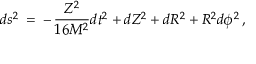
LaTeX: d s ^ { 2 } \: = \: - \, \frac { Z ^ { 2 } } { 1 6 M ^ { 2 } } d t ^ { 2 } + d Z ^ { 2 } + d R ^ { 2 } + R ^ { 2 } d \phi ^ { 2 } \, ,